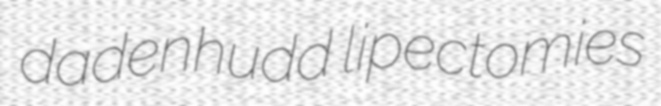
dadenhudd lipectomies